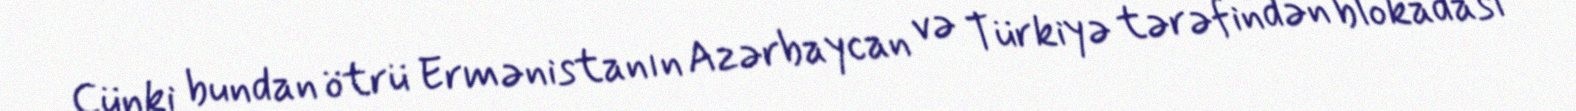
Çünki bundan ötrü Ermənistanın Azərbaycan və Türkiyə tərəfindən blokadası